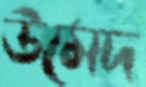
উমেদ